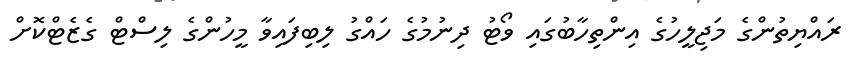
ރައްޔިތުންގެ މަޖިލީހުގެ އިންތިހާބުގައި ވޯޓު ދިނުމުގެ ހައްގު ލިބިފައިވާ މީހުންގެ ލިސްޓް ގެޒެޓްކޮށް